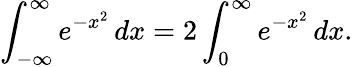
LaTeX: \int_{-\infty}^{\infty}e^{-x^{2}}\, dx=2\int_{0}^{\infty}e^{-x^{2}}\, dx.